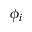
\phi _ { i }